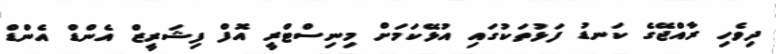
ދިވެހި ރާއްޖޭގެ ކަނޑު ފަޅުތަކުގައި އުޅޭކަމަށް މިނިސްޓްރީ އޮފް ފިޝަރީޒް އެންޑް އެންޑް